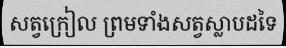
សត្វក្រៀល ព្រមទាំងសត្វស្លាបដទៃ